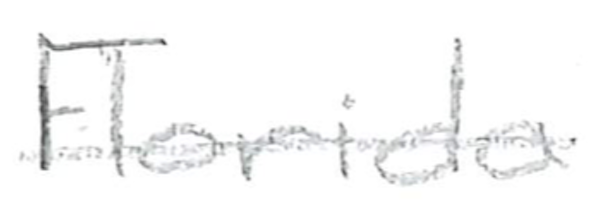
Text: Florida
Cross-out: single-line
Writing tool: pencil